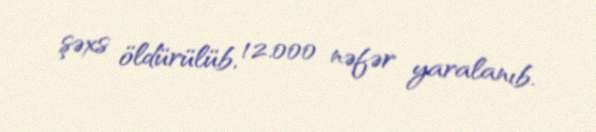
şəxs öldürülüb, 12.000 nəfər yaralanıb.